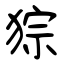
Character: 猔